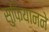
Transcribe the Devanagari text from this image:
सुफियानने